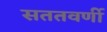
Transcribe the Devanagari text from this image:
सततवर्णी